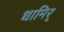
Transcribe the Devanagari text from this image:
धामिर्